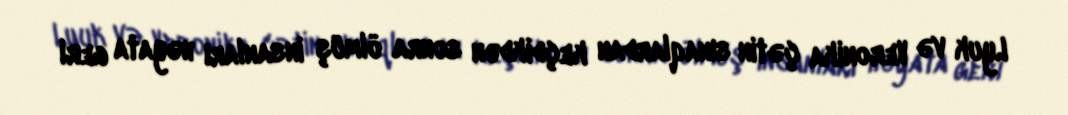
Lyuk və Veronika çətin sınaqlardan keçdikdən sonra ölmüş insanları həyata geri